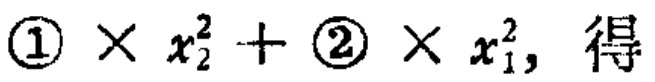
$\textcircled{1} \times x_{2}^{2}+\textcircled{2} \times x_{1}^{2},\text{ 得}$